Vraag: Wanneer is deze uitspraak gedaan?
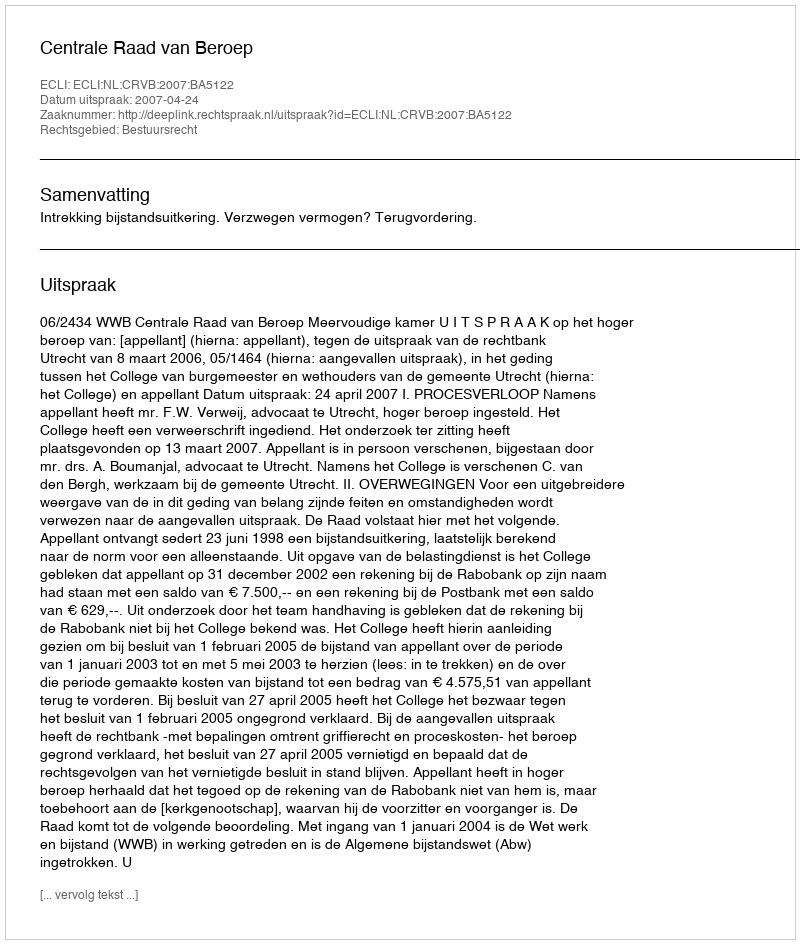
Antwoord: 2007-04-24